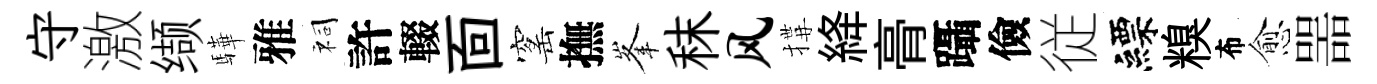
守激缬驊雅祠許輟靣窰撫峯秣风搆絳𮌔躡儉従縹糗布愈噐